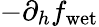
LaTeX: -\partial_{h}f_{\mathrm{wet}}